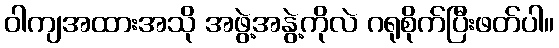
ဝါကျအထားအသို အဖွဲ့အနွဲ့ကိုလဲ ဂရုစိုက်ပြီးဖတ်ပါ။